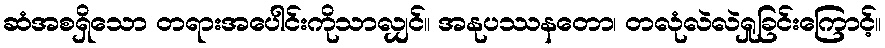
ဆံအစရှိသော တရားအပေါင်းကိုသာလျှင်။ အနုပဿနတော၊ တလုံလဲလဲရှုခြင်းကြောင့်။